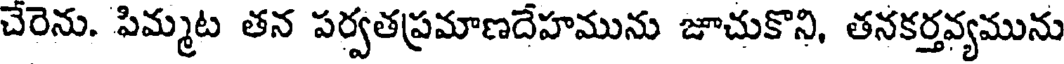
చేరెను. పిమ్మట తన పర్వతప్రమాణదేహమును జూచుకొని, తనకర్తవ్యమును